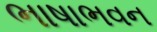
ભાષાભવન